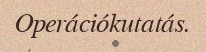
Operációkutatás.